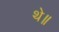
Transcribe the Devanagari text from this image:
थे॥